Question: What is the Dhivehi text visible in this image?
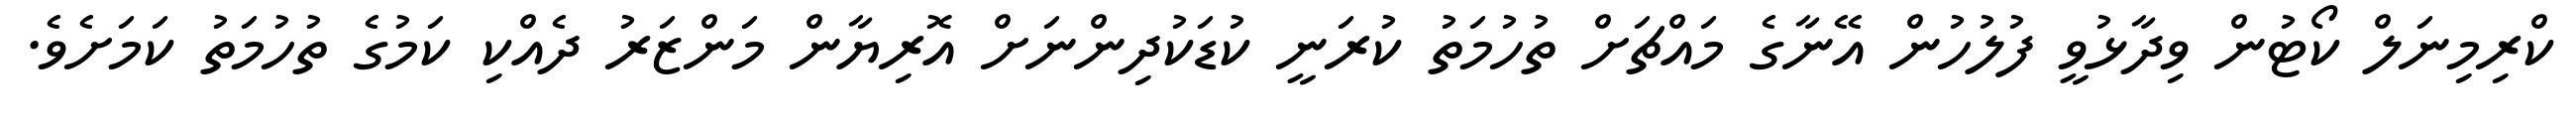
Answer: ކްރިމިނަލް ކޯޓުން ވިދާޅުވީ ފުލުހުން އޭނާގެ މައްޗަށް ތުހުމަތު ކުރަނީ ކުޑަކުދިންނަށް އޮރިޔާން މަންޒަރު ދެއްކި ކަމުގެ ތުހުމަތު ކަމަށެވެ.